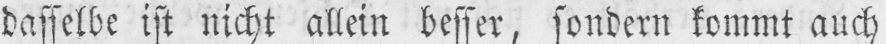
dasselbe ist nicht allein besser, sondern kommt auch